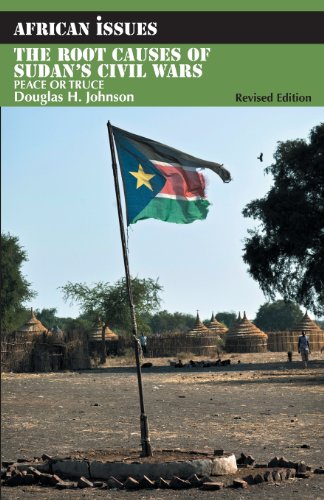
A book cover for The Root Causes of Sudan's Civil Wars: Peace or Truce (African Issues); Douglas H. Johnson; Literature & Fiction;